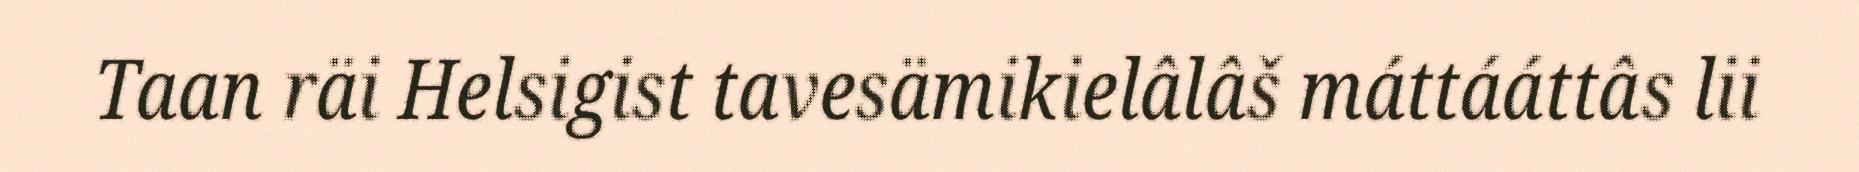
Taan räi Helsigist tavesämikielâlâš máttááttâs lii